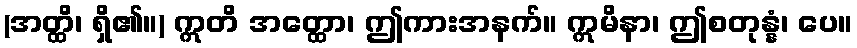
(အတ္ထိ၊ ရှိ၏။) ဣတိ အတ္ထော၊ ဤကားအနက်။ ဣမိနာ၊ ဤစတုန္နံ၊ ပေ။